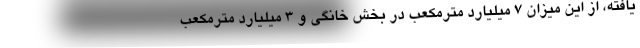
یافته، از این میزان ۷ میلیارد مترمکعب در بخش خانگی و ۳ میلیارد مترمکعب